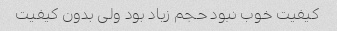
کیفیت خوب نبود حجم زیاد بود ولی بدون کیفیت